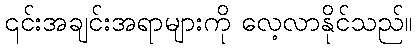
၎င်းအချင်းအရာများကို လေ့လာနိုင်သည်။